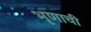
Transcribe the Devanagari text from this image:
भृणाची